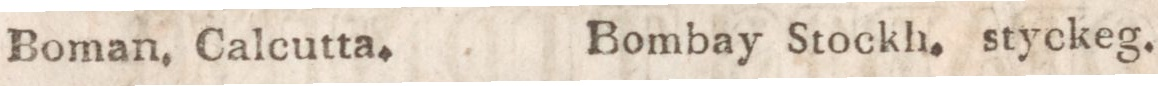
Boman, Calcutta.        Bombay Stockh. styckeg.